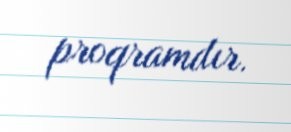
proqramdır.